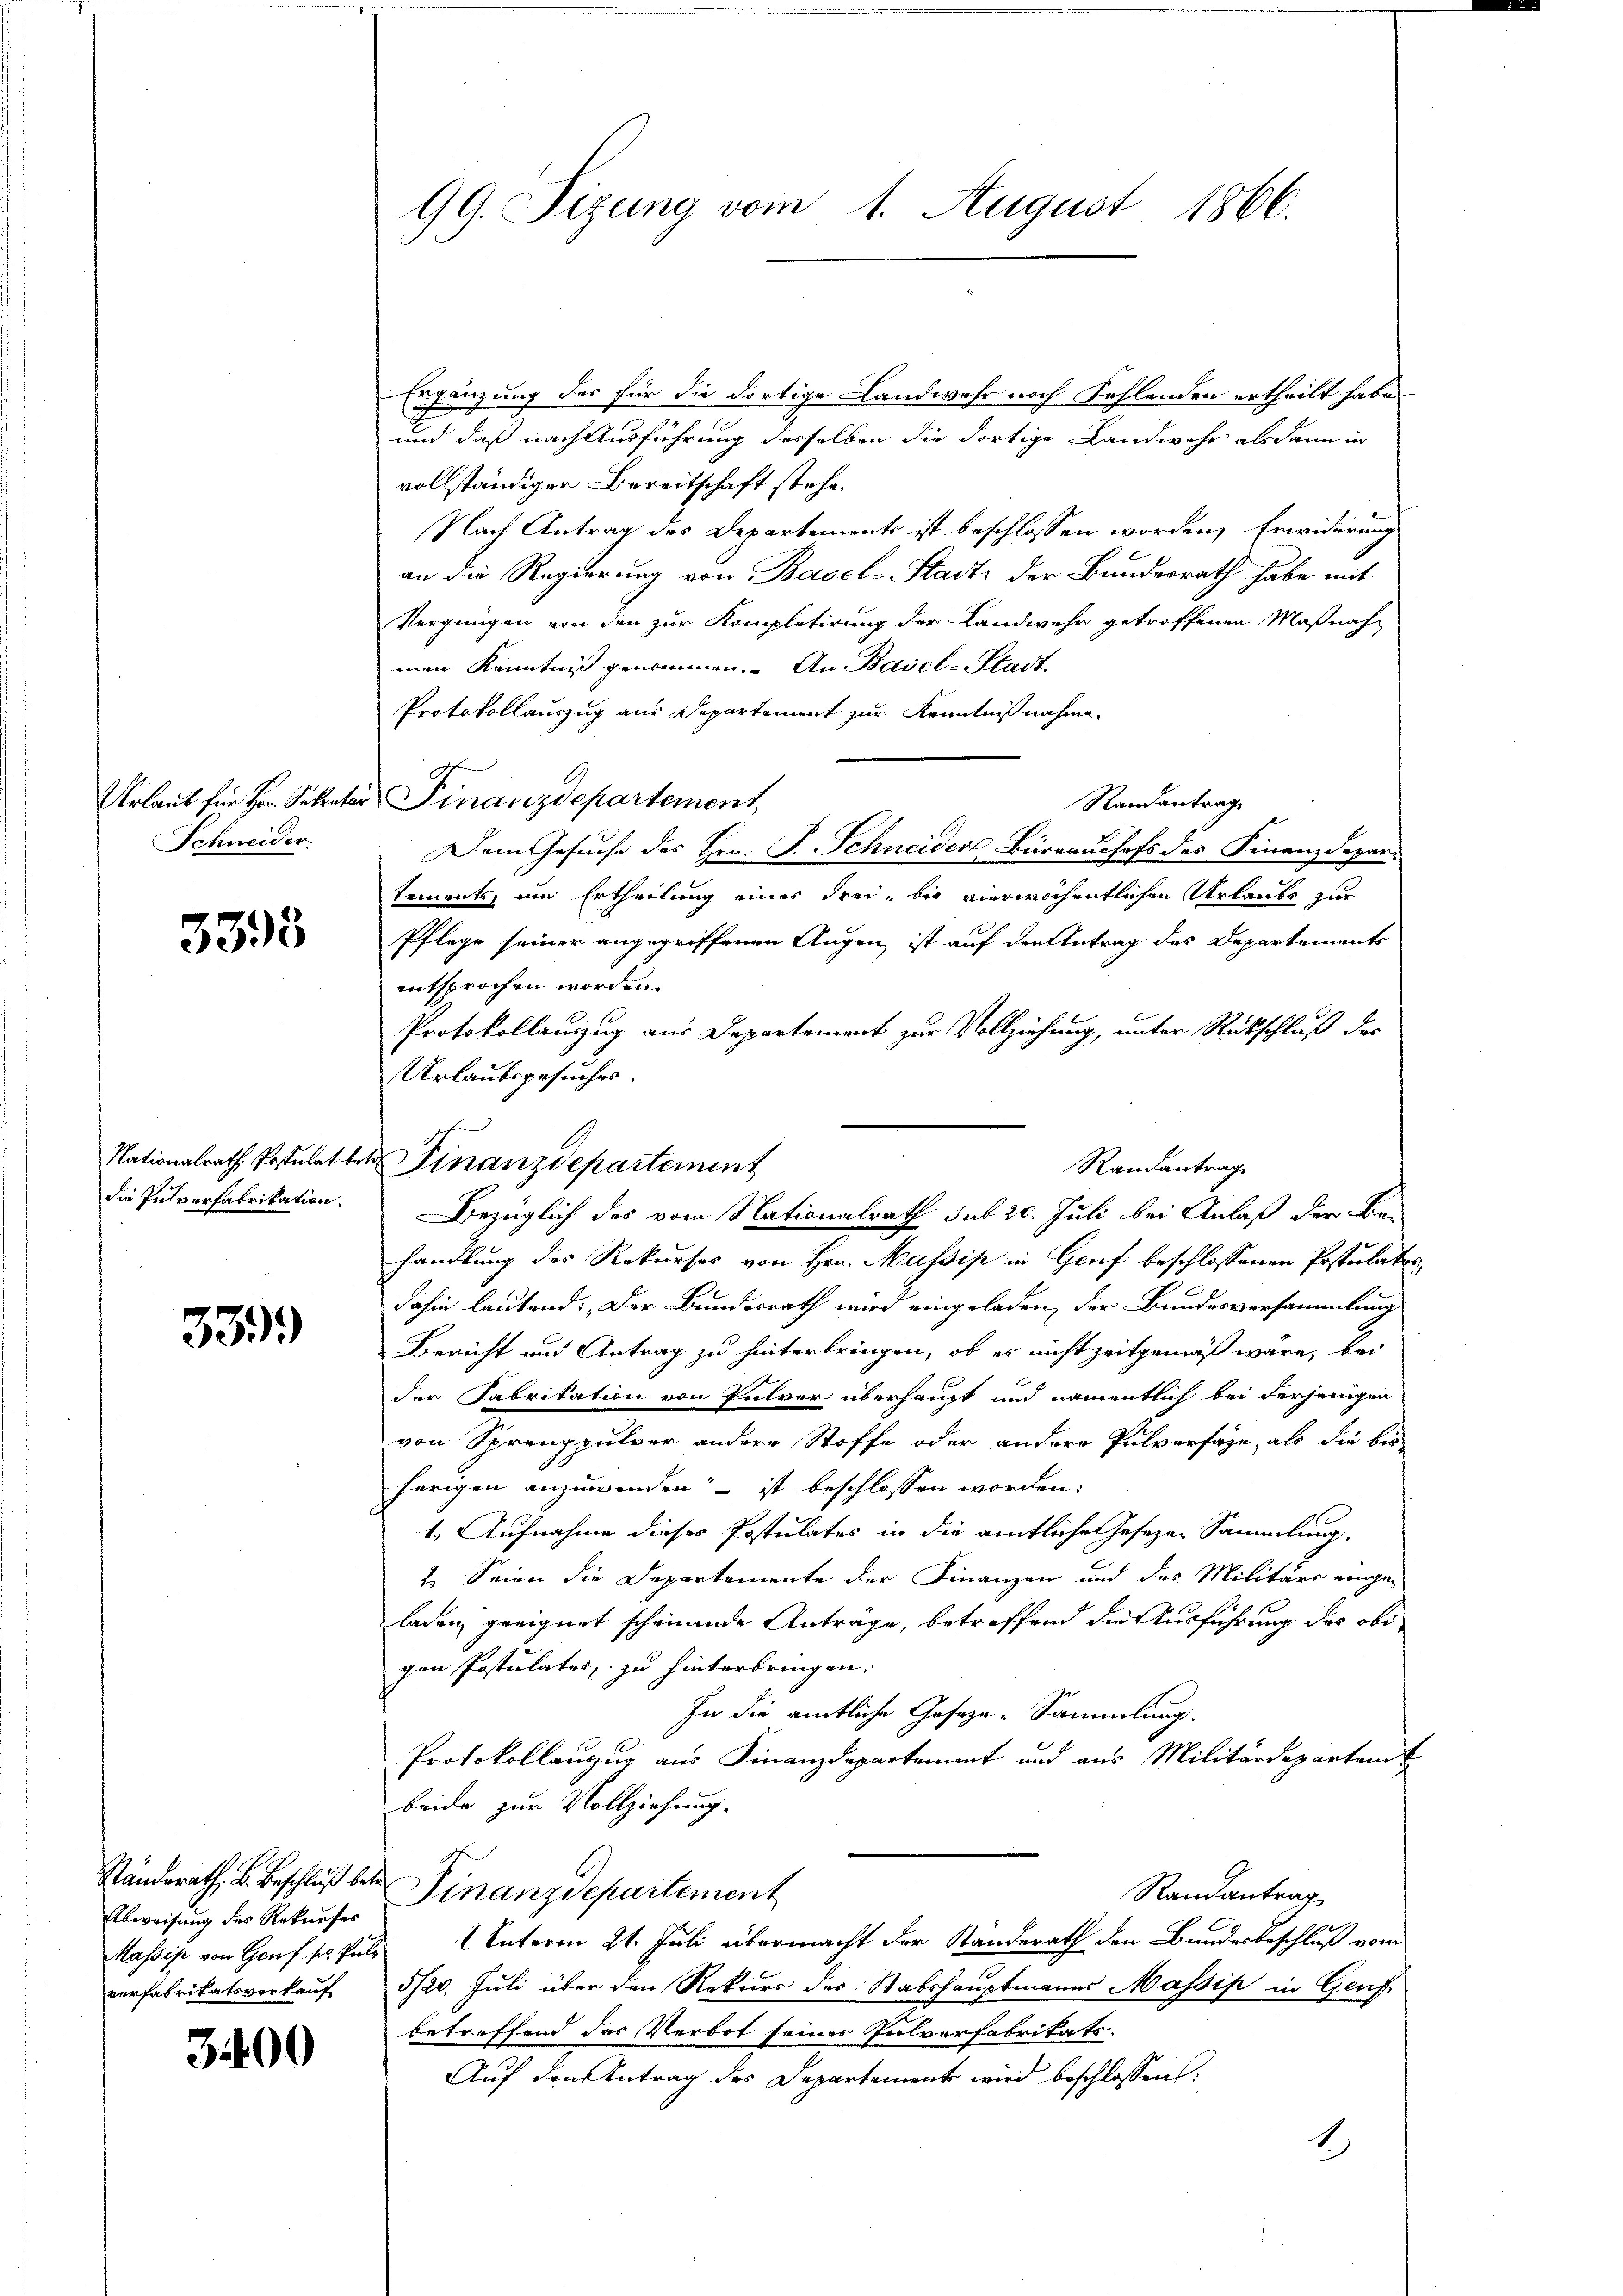
Urlaub für Hr. Sekreta
Schneider.

3395

Nationalrath Postulat bedie Pulverfabrikation.

339.

Abweisung des Rekurses
Massis von Genf sel. Pulverfabrikatsverkauf

3400

99. Sizung vom 1. August 1866.

D
u Finanzdepartement
Randantrag

Ergänzung der für die dortige Landwehr noch Fehlenden ertheilt habe.
und daß nach Ausführung desselben die dortige Landwehr alsdann in
vollständiger Bereitschaft stehe.
Plach Antrag des Departements ist beschlossen worden, Erwiderung
an die Regierung von Basel-Stadt: der Bundesrath habe mit
Vergnügen von den zur Kompletirung der Landwehr getroffenen Maßnahman Kenntniß genommen. An Basel-Stadt
Protokollauszug aus Departement zur Kenntnißnahme.
u Finanzdepartement
Randantrage
Dem Gesuche des Hrn. P. Schneiden Büreaushofs der Finanzdepar-
tements, um Ertheilung eines Frei, bis vierwöchentlichen Urlaubs zur
Pflege seiner angegriffenen Augen ist auf den Antrag des Departements
entsprochen worden.
Protokollauszug aus Departement zur Vollziehung, unter Rückschluß des
Urlaubsgesuches.
Bezüglich des vom Nationalrath sub 20. Juli bei Anlaß der Be-
handlung des Rekurses von Hrn. Massis in Genf beschlossenen Postulator
dahin lautend: „Der Bundesrath wird eingeladen, der Bundesversammlung
Bericht und Antrag zu hinterbringen, ob es nicht zeitgemäß wäre, bei
der Fabrikation von Pulver überhaupt und namentlich bei derjenigen
von Sprengpulver andere Stoffe oder andere Pulversage, als die bis
herigen anzuwenden – ist beschlossen worden:
1. Aufnahme dieses Postulates in die amtliche Gesezen Sammlung.
1. Seine die Departemente der Finanzen und des Militärs einge-
laden geeignet scheinande Antrage, betreffend die Ausführung des obigen Postulater zu hinterbringen.
In die amtliche Geseze-Sammlung.
Protokollauszug aus Finanzdepartement und aus Militärdepartem
beide zur Vollziehung.
Ständerath, B. Beschluß bei Finanzdepartement
Randantrag
Unterm 21. Juli übermacht der Standerath den Bundesbeschluß vom
5/20. Juli über den Rekurs des Stabshauptmanns Massis in Genf,
betreffend das Verbot seines Pulverfabrikats-
Auf den Antrag des Departement wird beschlossen:
1